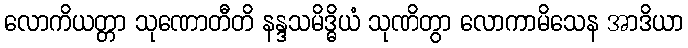
လောကိယတ္တာ သုဏောတီတိ နန္ဒသမိဒ္ဓိယံ သုဏိတွာ လောကာမိသေန အာဒိယာ